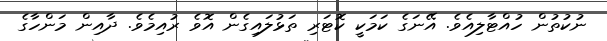
ނުކުތުން ހުއްޓާލިއެވެ. އޭނަގެ ކަމަކީ ކޮޓަރި ތަޅުލައިގެން އޮވެ ރުއިމެވެ. ދާއިން މަންހާގެ